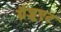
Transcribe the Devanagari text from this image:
ग्रैजूएट